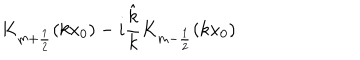
K _ { m + \frac 1 2 } ( k x _ { 0 } ) - i \frac { \hat { k } } { k } K _ { m - \frac 1 2 } ( k x _ { 0 } )